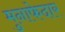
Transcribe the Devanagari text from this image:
मुनाफेदार